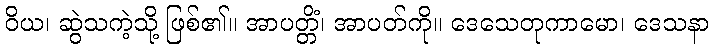
ဝိယ၊ ဆွဲသကဲ့သို့ ဖြစ်၏။ အာပတ္တိံ၊ အာပတ်ကို။ ဒေသေတုကာမော၊ ဒေသနာ